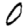
Digit: 0